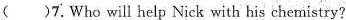
( )7.Who will help Nick with his chemistry?